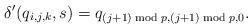
LaTeX: \begin{align*}\delta'(q_{i,j,k},s)=q_{(j+1)\bmod p,(j+1)\bmod p,0}.\end{align*}